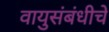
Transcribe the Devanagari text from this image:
वायुसंबंधीचे